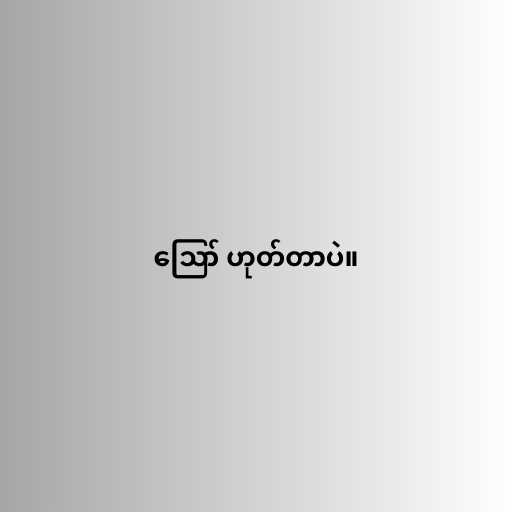
ဪ ဟုတ်တာပဲ။